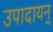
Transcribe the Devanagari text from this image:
उपादायन्